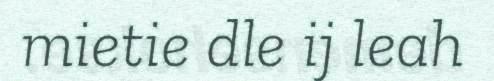
mietie dle ij leah